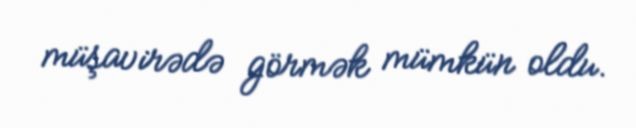
müşavirədə görmək mümkün oldu.